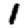
Digit: 1